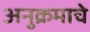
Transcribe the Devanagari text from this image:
अनुक्रमाचे